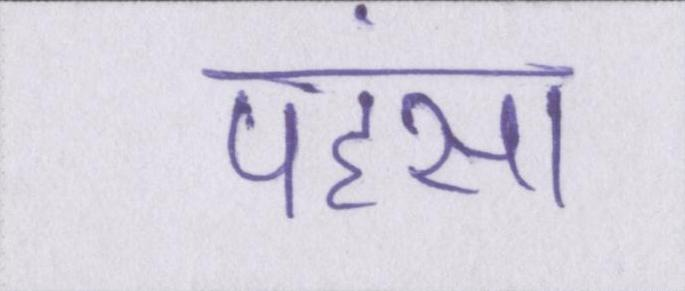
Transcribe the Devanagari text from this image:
पहंसा